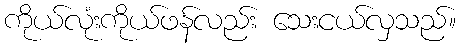
ကိုယ်လုံးကိုယ်ဖန်လည်း သေးငယ်လှသည်။